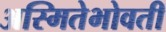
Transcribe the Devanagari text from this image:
अस्मितेभोवती